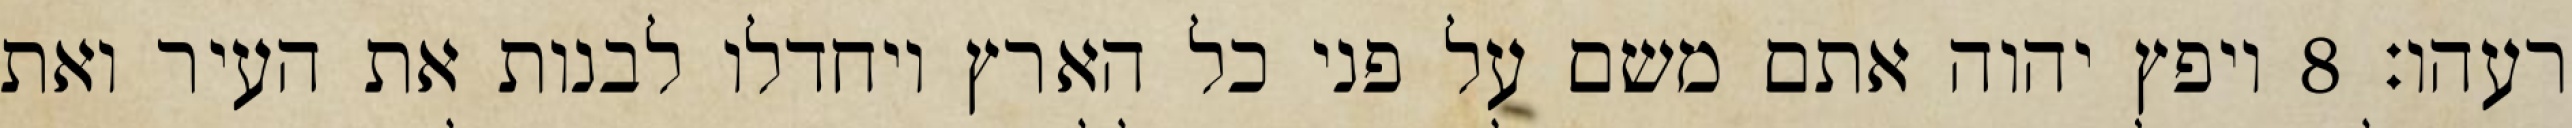
רעהו׃ ‎8‏ ויפץ יהוה אתם משם על פני כל הארץ ויחדלו לבנות את העיר ואת